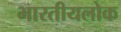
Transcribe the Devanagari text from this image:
भारतीयलोक